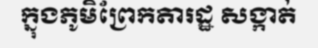
ក្នុងភូមិព្រែកតារដ្ឋ សង្កាត់